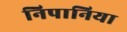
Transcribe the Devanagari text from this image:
निपानिया